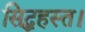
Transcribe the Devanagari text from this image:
सिद्धहस्त।